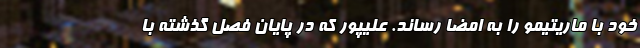
خود با ماریتیمو را به امضا رساند. علیپور که در پایان فصل گذشته با